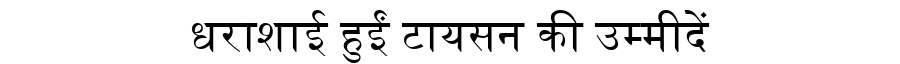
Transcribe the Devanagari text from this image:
धराशाई हुईं टायसन की उम्मीदें